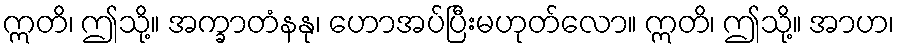
ဣတိ၊ ဤသို့။ အက္ခာတံနနု၊ ဟောအပ်ပြီးမဟုတ်လော။ ဣတိ၊ ဤသို့။ အာဟ၊